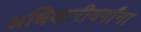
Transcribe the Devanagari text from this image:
अधिकारीवर्गांना